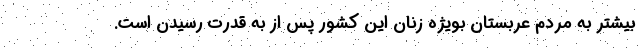
بیشتر به مردم عربستان بویژه زنان این کشور پس از به قدرت رسیدن است.